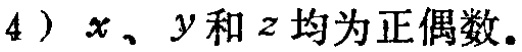
4）$x$、$y$和$z$均为正偶数.